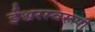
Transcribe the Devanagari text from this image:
ईश्वरस्वरूपी